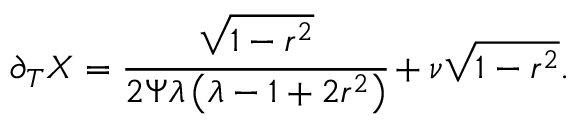
\partial _ { T } X = \cfrac { \sqrt { 1 - r ^ { 2 } } } { 2 \Psi \lambda \left( \lambda - 1 + 2 r ^ { 2 } \right) } + \nu \sqrt { 1 - r ^ { 2 } } .